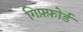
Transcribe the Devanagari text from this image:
गिफ़्फ़ोर्ड